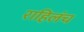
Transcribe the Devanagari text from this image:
राहिलंच